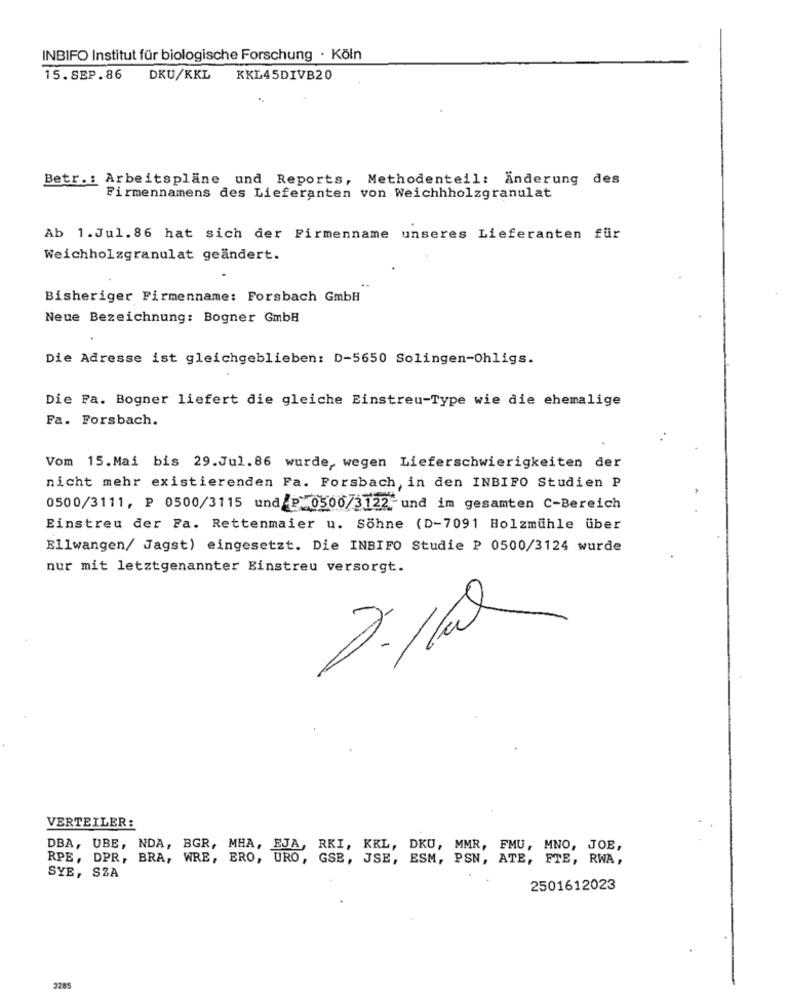
INBIFO Institut für biologische Forschung · Köln
15.SEP.86
DKU/KKL KKL45DIVB20
Betr .: Arbeitsplane und Reports, Methodenteil: Änderung des
Firmennamens des Lieferanten von Weichhholzgranulat
Ab 1.Jul. 86 hat sich der Firmenname unseres Lieferanten für
Weichholzgranulat geändert.
Bisheriger Firmenname: Forsbach GmbH
Neue Bezeichnung: Bogner GmbH
Die Adresse ist gleichgeblieben: D-5650 Solingen-Ohligs.
Die Fa. Bogner liefert die gleiche Einstreu-Type wie die ehemalige
Fa. Forsbach.
Vom 15.Mai bis 29.Jul.86 wurde, wegen Lieferschwierigkeiten der
nicht mehr existierenden Fa. Forsbach, in den INBIFO Studien P
0500/3111, P 0500/3115 und P 0500/3122 und im gesamten C-Bereich
Einstreu der Fa. Rettenmaier u. Söhne (D-7091 Holzmühle über
Ellwangen/ Jagst) eingesetzt. Die INBIFO Studie P 0500/3124 wurde
nur mit letztgenannter Einstreu versorgt.
VERTEILER:
DBA, UBE, NDA, BGR, MHA,
RKI, KKL, DKU, MMR, FMU, MNO, JOE,
RPE, DPR, BRA, WRE, ERO,
URO, GSB, JSE, ESM, PSN, ATE, FTE, RWA,
SYE, SZA
2501612023
3285